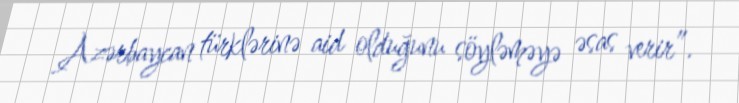
Azərbaycan türklərinə aid olduğunu söyləməyə əsas verir”.